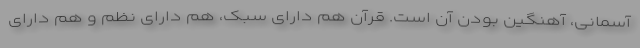
آسمانی، آهنگین بودن آن است. قرآن هم دارای سبک، هم دارای نظم و هم دارای